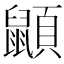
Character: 𪕯